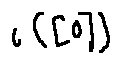
i ( [ 0 ] )